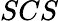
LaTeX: SCS